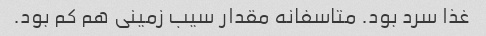
غذا سرد بود. متاسفانه مقدار سیب زمینی هم کم بود.